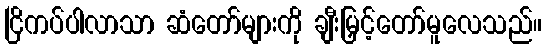
ငြိကပ်ပါလာသာ ဆံတော်များကို ချီးမြှင့်တော်မူလေသည်။